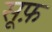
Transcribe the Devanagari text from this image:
सूफ़